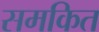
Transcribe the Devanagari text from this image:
समकित